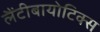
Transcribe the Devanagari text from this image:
लैंटीबायोटिक्स